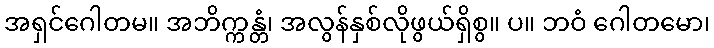
အရှင်ဂေါတမ။ အဘိက္ကန္တံ၊ အလွန်နှစ်လိုဖွယ်ရှိစွ။ ပ။ ဘဝံ ဂေါတမော၊